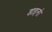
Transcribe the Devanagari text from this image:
डाइनो